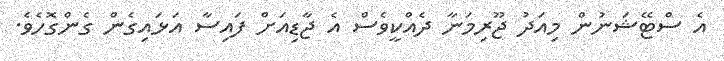
އެ ސްޓޭޝަނުން މިއަދު ޖޫރިމަނާ ދެއްކީވެސް އެ ޖާޑިއަށް ފައިސާ އަޅައިގެން ގެންގޮހެވެ.